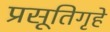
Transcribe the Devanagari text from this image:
प्रसूतिगृहे